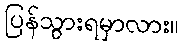
ပြန်သွားရမှာလား။